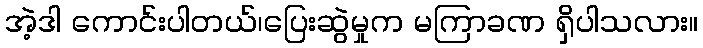
အဲ့ဒါ ကောင်းပါတယ်၊ပြေးဆွဲမှုက မကြာခဏ ရှိပါသလား။